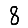
Digit: 8